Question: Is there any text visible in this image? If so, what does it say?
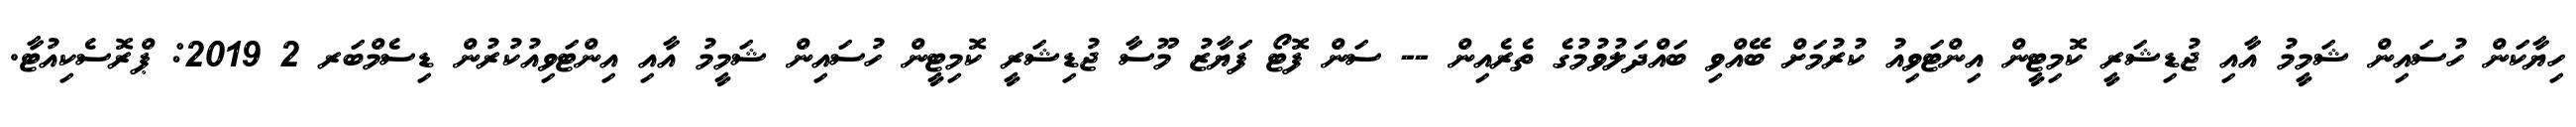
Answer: ހިޔާކަން ހުސައިން ޝަމީމު އާއި ޖުޑިޝަރީ ކޮމިޓީން އިންޓަވިއު ކުރުމަށް ބޭއްވި ބައްދަލުވުމުގެ ތެރެއިން -- ސަން ފޮޓޯ ފަޔާޒު މޫސާ ޖުޑިޝަރީ ކޮމިޓީން ހުސައިން ޝަމީމު އާއި އިންޓަވިއުކުރުން ޑިސެމްބަރ 2 2019: ޕްރޮސެކިއުޓާ.